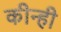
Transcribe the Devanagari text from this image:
कीन्‍ही